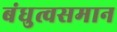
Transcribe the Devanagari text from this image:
बंधुत्वसमान